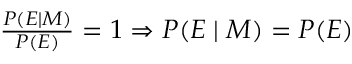
\textstyle { \frac { P ( E \mid M ) } { P ( E ) } } = 1 \Rightarrow \textstyle P ( E \mid M ) = P ( E )